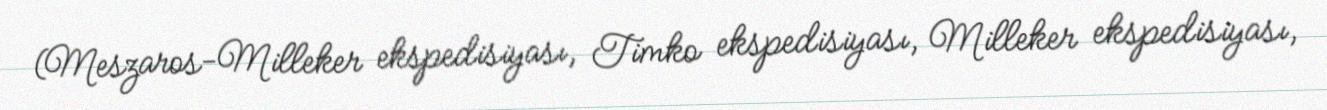
(Meszaros-Milleker ekspedisiyası, Timko ekspedisiyası, Milleker ekspedisiyası,